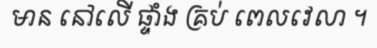
មាន នៅលើ ផ្ទាំង គ្រប់ ពេលវេលា ។